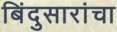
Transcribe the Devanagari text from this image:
बिंदुसारांचा